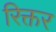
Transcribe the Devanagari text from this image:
रिक्तर